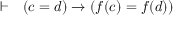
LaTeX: \vdash \ \ \left( c = d \right) \rightarrow \left( f ( c ) = f ( d ) \right)